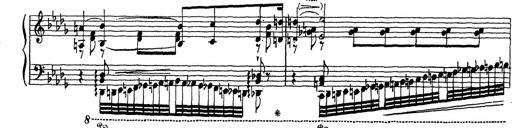
Title: Grosses Konzertsolo
Composer: Franz Liszt